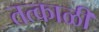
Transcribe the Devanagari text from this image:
तत्काळी